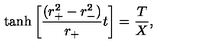
\tanh \left[ { \frac { ( r _ { + } ^ { 2 } - r _ { - } ^ { 2 } ) } { r _ { + } } } t \right] = { \frac { T } { X } } ,